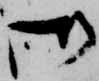
御